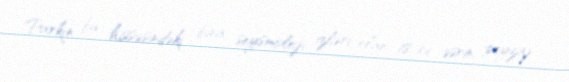
Parkın bu hissəsindəki bina, seysmoloji izləri olan 18-ci əsrin peyzaj